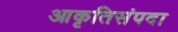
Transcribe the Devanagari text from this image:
आकृतिसंपदा